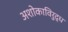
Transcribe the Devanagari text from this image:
अशोकाविरुद्ध